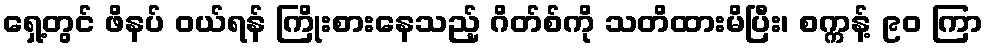
ရှေ့တွင် ဖိနပ် ဝယ်ရန် ကြိုးစားနေသည့် ဂိတ်စ်ကို သတိထားမိပြီး၊ စက္ကန့် ၉၀ ကြာ